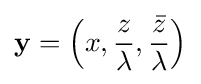
\mathbf {y} =\left(x,{\frac {z}{\lambda }},{\frac {\bar {z}}{\lambda }}\right)